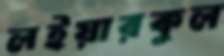
লইয়ারকুল